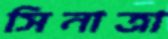
সিনাত্রা